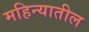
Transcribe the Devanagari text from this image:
महिन्‍यातील